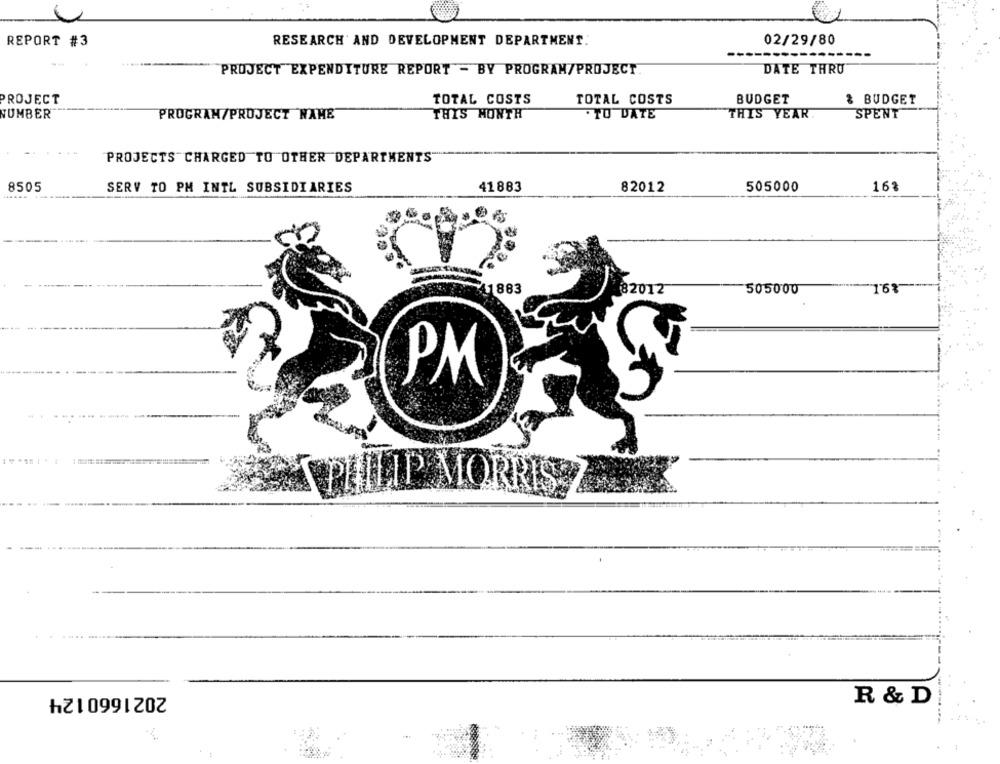
REPORT #3
RESEARCH AND DEVELOPMENT DEPARTMENT.
02/29/80
PROJECT EXPENDITURE REPORT - BY PROGRAM/PROJECT
DATE THRU
TOTAL COSTS
PROJECT
TOTAL COSTS
BUDGET
& BUDGET
NUMBER
THIS MONTH
. TO DATE
SPENT
PROGRAM/PROJECT NAME
THIS YEAR
PROJECTS CHARGED TO OTHER DEPARTMENTS
8505
SERV TO PM INTL SUBSIDIARIES
41883
82012
505000
16?
1883
505000
32012
PM
PHILIP MORRIS
2021660124
R & D